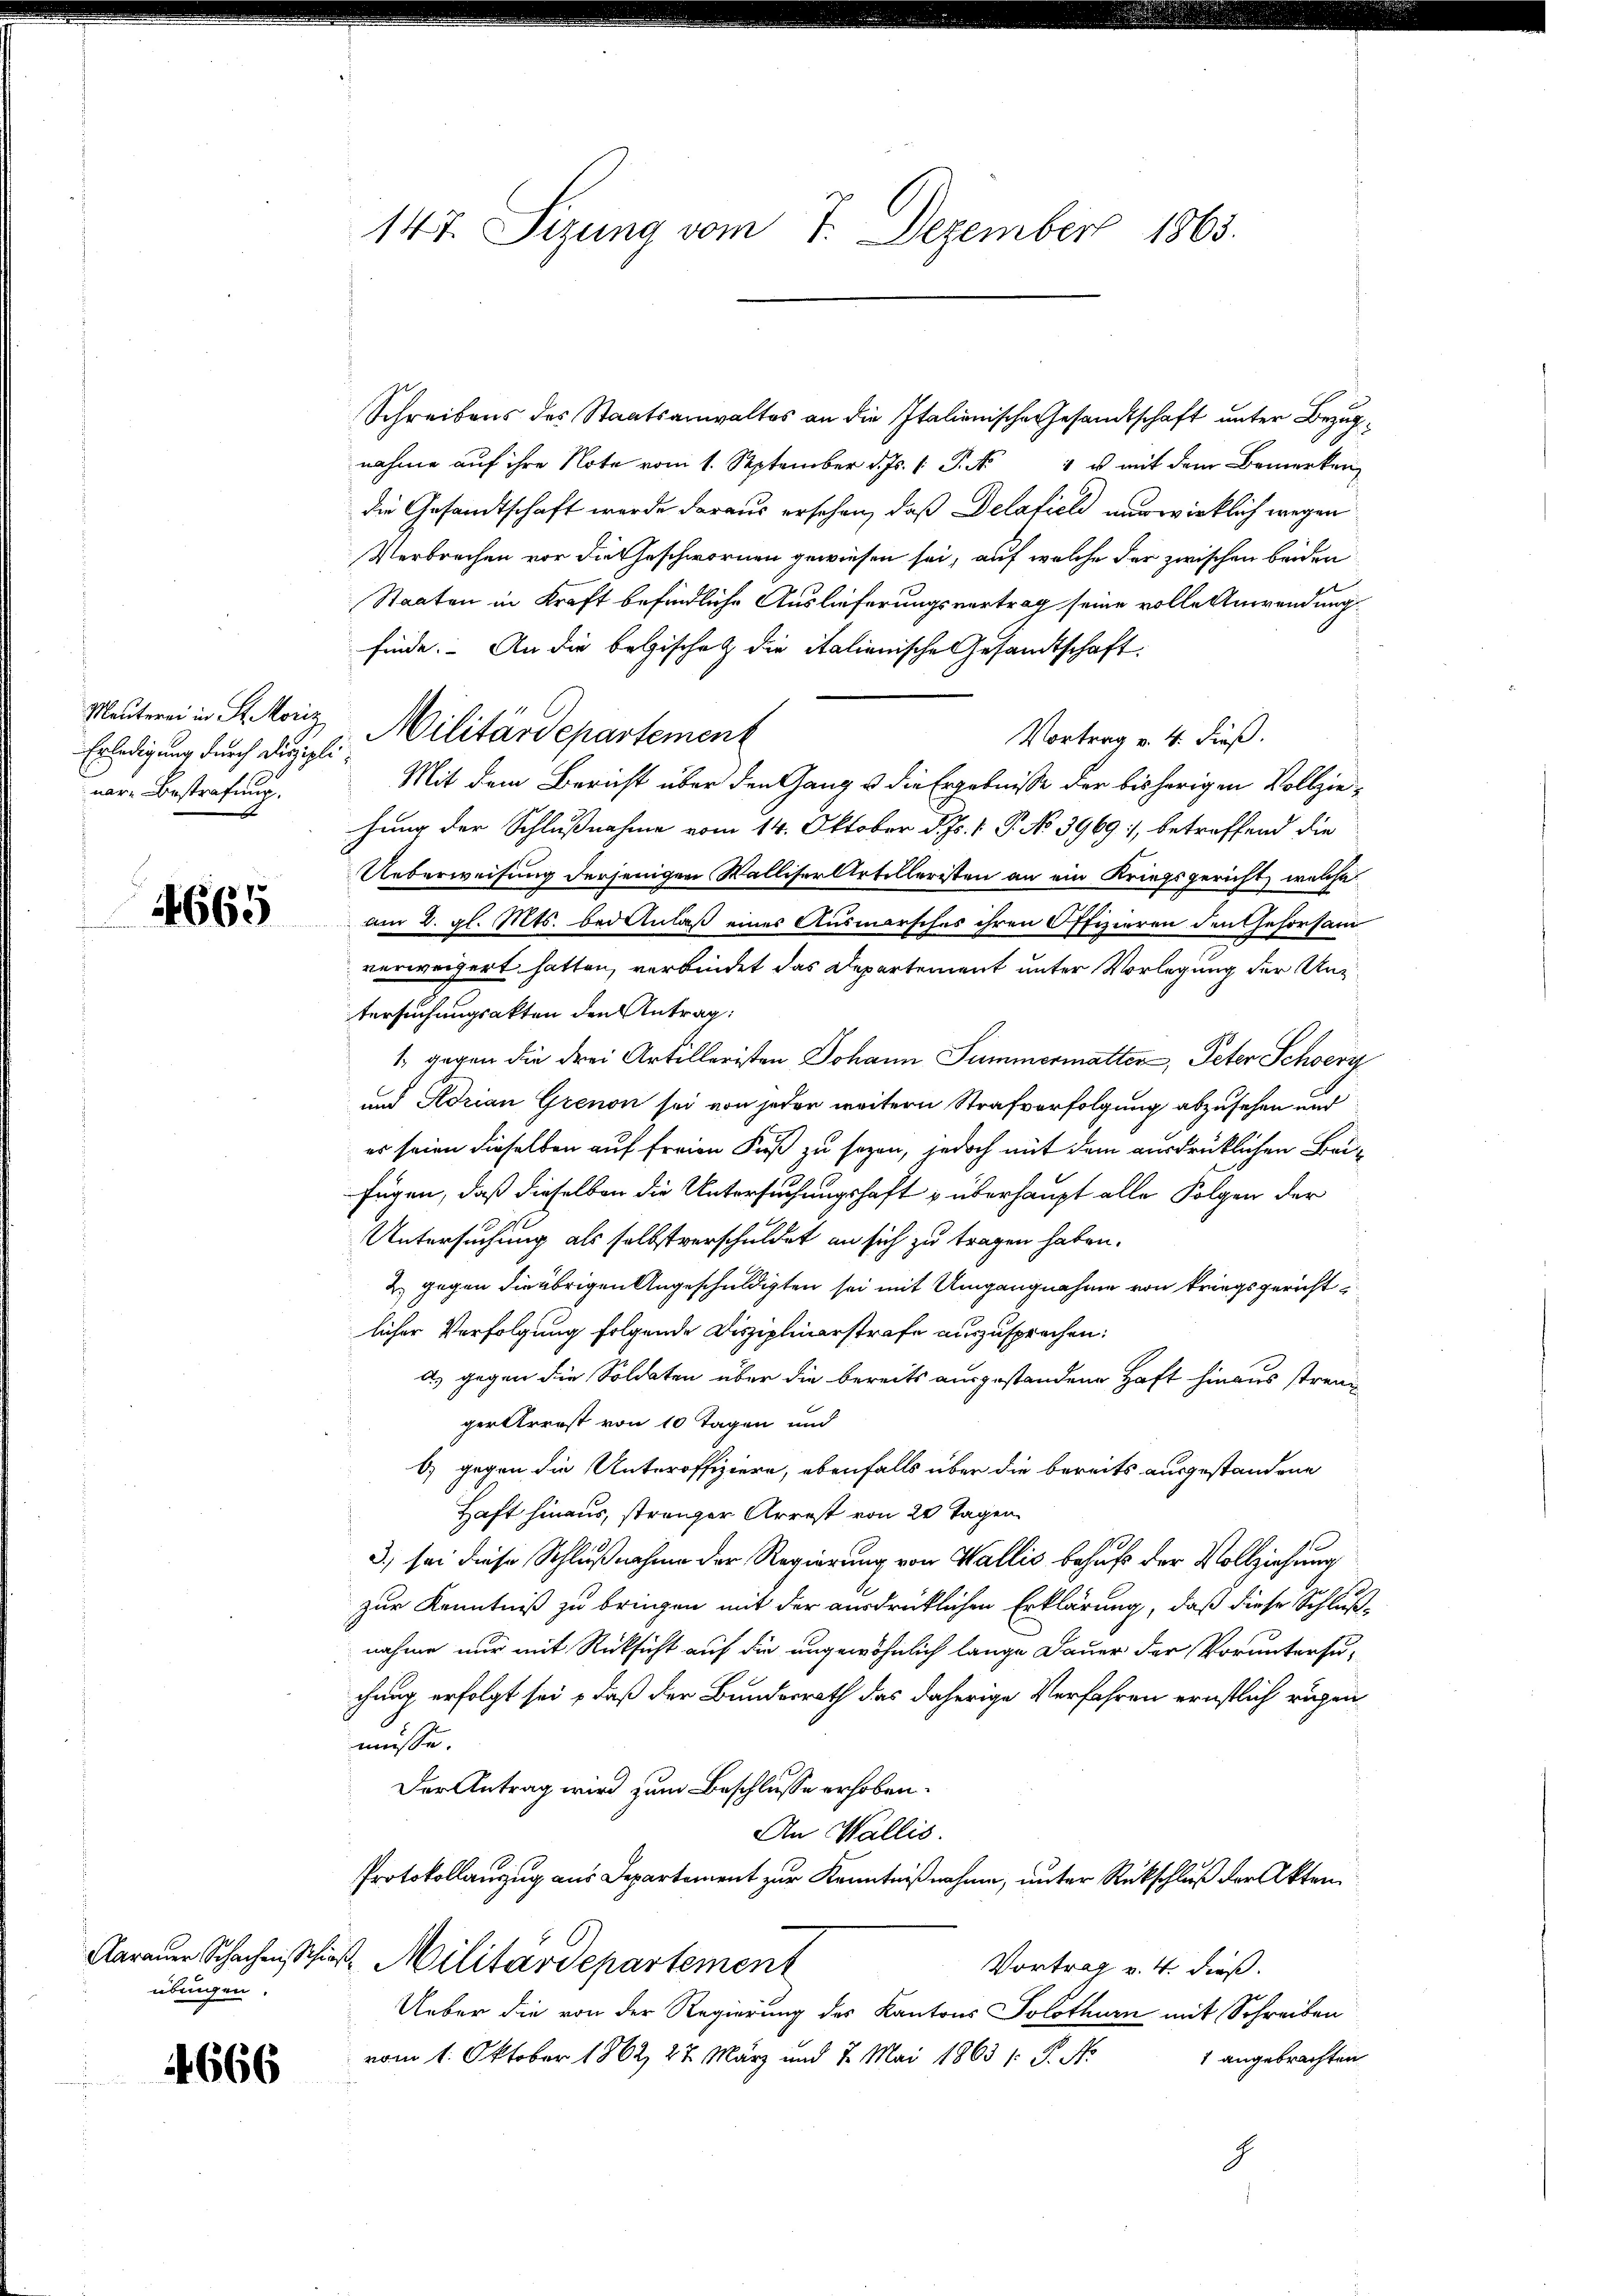
Erledigung durch Diszipli
nar-Bestrafung.

4665

übingen.

4666

147. Sizung vom 7. Dezember 1865.

Schreibens des Staatsanwaltes an die Italienische Gesandtschaft unter Bezugnahme auf ihre Note vom 1. September d. Js. v. J. u mit dem Bemerken
die Gesandtschaft werde daraus ersehen, daß Delafieli nur wirklich wegen
Verbrechen vor die Geschwornen gewiesen sei, auf welche der zwischen beiden
x
Staaten in Kraft befindliche Auslieferungsvertrag seine volle Anwendung.
finde. An die belgische & die italienische Gesandtschaft
Vortrag v. 4. dieß.
Mit dem Bericht über den Gang u die Ergebnisse der bisherigen Vollziehung der Schlußnahme vom 14. Oktober d. Js. v. P. No 3969:/, betreffend die
Ueberweisung derjenigen Walliser Artilleristen an ein Kriegsgericht, welche
am 2. gl. Mts. bei Anlaß eines Ausmarsches ihren Offizieren den Gehorsam
verweigert hatten, verbindet das Departement unter Vorlegung der Untersuchungsakten den Antrag:
1. gegen die drei Artelleristen Johann Summermatten, Peter Schwerz
und Adrian Grenon sei von jeden weitern Strafverfolgung abzusehen und
es seien dieselben auf freien Fuß zu sezen, jedoch mit dem ausdrücklichen Beifügen, daß dieselben die Untersuchungshaft & überhaupt alle Folgen der
Untersuchung als selbstverschuldet an sich zu tragen haben.
2. gegen die übrigen Angeschuldigten sei mit Umgangnahme von kriegsgerichtlicher Verfolgung folgende Disziplinarstrafe auszusprechen:
d) gegen die Soldaten über die bereits ausgestandene Haft hinaus strengerterrest von 10 Tagen und
6) gegen die Unteroffiziere, ebenfalls über die bereits ausgestandene
Haft hinaus, stranger Arrest von 20 Tagen
3) sei diese Schlußnahme der Regierung von Wallis behufs der Vollziehung
zur Kenntniß zu bringen mit der ausdrücklichen Erklärung, daß diese Schlußnahme nur mit Rücksicht auf die ungewöhnlich lange Dauer der Voruntersuchung erfolgt sei, daß der Bundesrath das daherige Verfahren ernstlich ruhen
müsse.
Der Antrag wird zum Beschlusse erhoben.
An Wallis.
Protokollauszug aus Departement zur Kenntnißnahme, unter Rückschluß der Akten
Aarauer Schachenschi, Militärdepartement
Vortrag v. 4. dieß.
Ueber die von der Regierung des Kantons Solothurn mit Schreiben
vom 1. Oktober 1862, 27. März und 7. Mai 1863 s. S. No
1 angebrachten
g

Mauterei in St. Moriz Militärdepartement